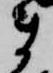
ま